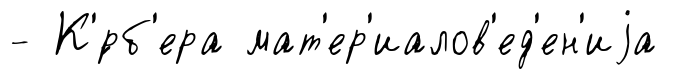
- К'́рб'ера мат'ер'иалов'ед'ен'иjа